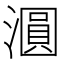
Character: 𣿹